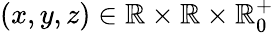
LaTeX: (x,y,z)\in\mathbb{R}\times\mathbb{R}\times\mathbb{R}_{0}^{+}